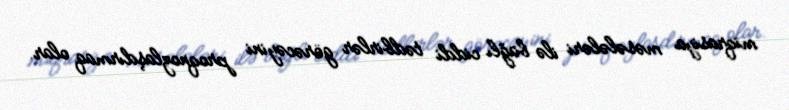
miqrasiya məsələləri ilə bağlı ciddi tədbirlər görəcəyini proqnozlaşdırmaq olar.